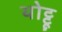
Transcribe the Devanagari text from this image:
थोट्टू